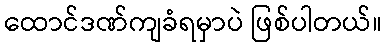
ထောင်ဒဏ်ကျခံရမှာပဲ ဖြစ်ပါတယ်။